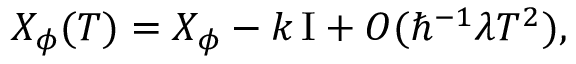
X _ { \phi } ( T ) = X _ { \phi } - k \, \mathrm { I } + O ( \hbar ^ { - 1 } \lambda T ^ { 2 } ) ,